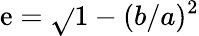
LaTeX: \mathrm{e}={\sqrt{}{{1-(b/a)^{2}}}}